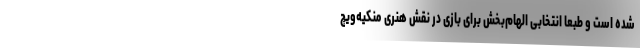
شده است و طبعا انتخابی الها‌م‌بخش برای بازی در نقش هنری منکیه‌ویچ